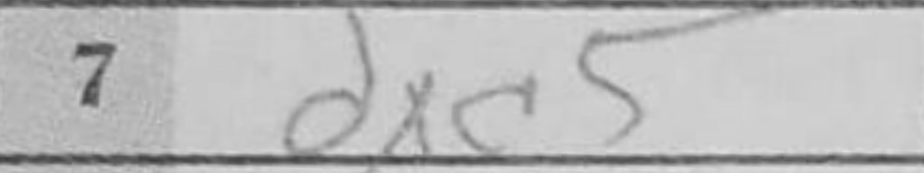
Transcription: dxc5